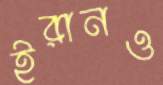
ইরানও